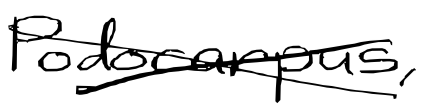
Text: Podocarpus,
Cross-out: cross
Writing tool: digital_black